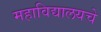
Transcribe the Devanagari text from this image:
महाविद्यालयचे